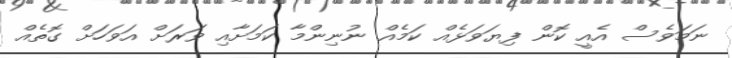
ނަމަވެސް އެއީ ކޮން ފިޔަވަޅެއް ކަމެއް ނުނިންމާ ކަމަށާއި ވަރަށް އަވަހަށް ގޮތެއް